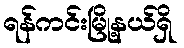
ရန်ကင်းမြို့နယ်ရှိ